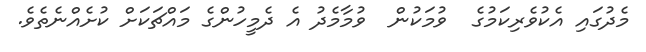
މެދުގައި އެކުވެރިކަމުގެ  ވުމަކުން  ވުމާމެދު އެ ދެމީހުންގެ މައްޗަކަށް ކުށެއްނެތެވެ.